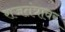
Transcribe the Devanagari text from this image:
राजतंत्रावर